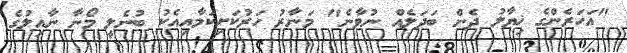
"އަހަރެންގެ ޚިޔާލު ދެން ބަދަލެއް ނުވާނެ" މަނާރު ހަރުކަށިކަމާއިއެކު ބުނެލީ މޯނާ ނާއިލުގެ